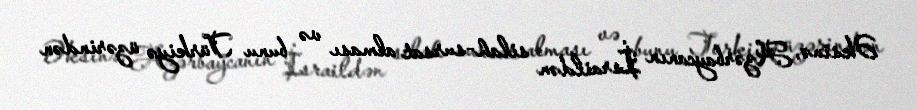
Əksinə, Azərbaycanın İsraildən silah-sursat alması və bunu Türkiyə üzərindən